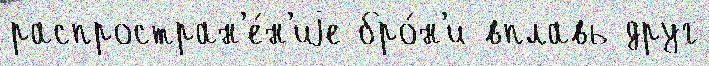
распростран'е́н'иjе бро́н'и вплавь друг